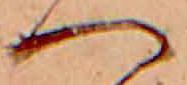
へ